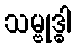
သမ္ဗုဒ္ဓါ